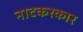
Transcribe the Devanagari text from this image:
नाटकरकार